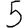
Digit: 5